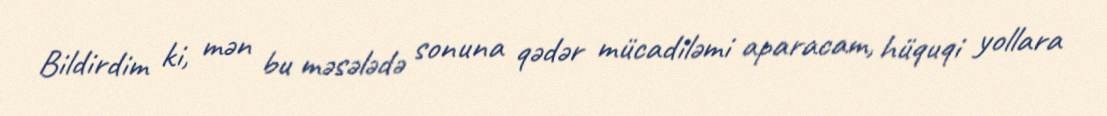
Bildirdim ki, mən bu məsələdə sonuna qədər mücadiləmi aparacam, hüquqi yollara